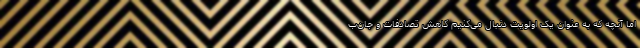
اما آنچه که به عنوان یک اولویت دنبال می‌کنیم کاهش تصادفات و جان‌ب